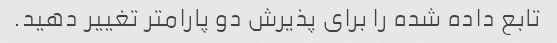
تابع داده شده را برای پذیرش دو پارامتر تغییر دهید.